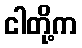
ငါတို့က